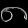
Digit: ၈